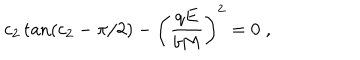
c _ { 2 } \tan ( c _ { 2 } - \pi / 2 ) - \left( \frac { q E } { b M } \right) ^ { 2 } = 0 \; ,